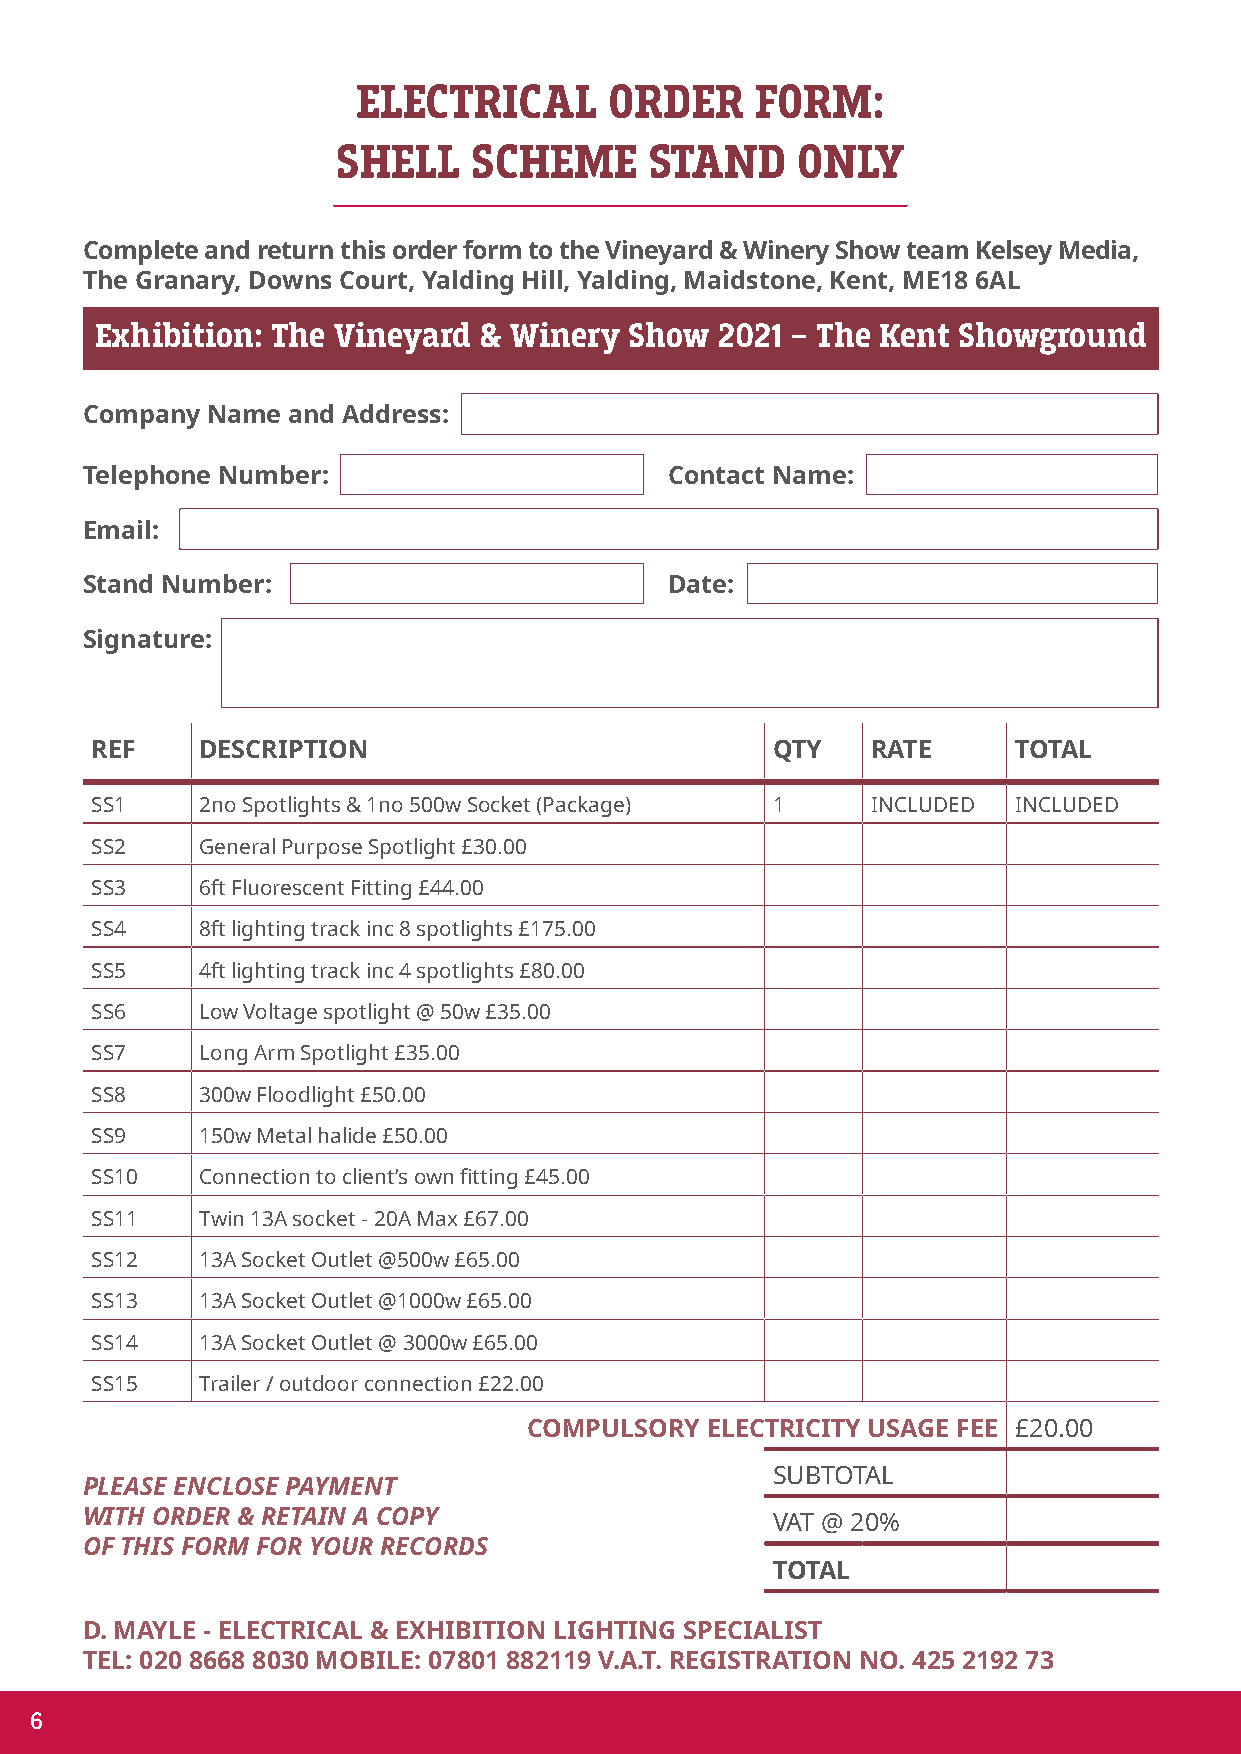
ELECTRICAL      ORDER     FORM:
 SHELL    SCHEME      STAND     ONLY
 Complete and return this order form to the Vineyard & Winery Show team Kelsey Media,
 The Granary, Downs Court, Yalding Hill, Yalding, Maidstone, Kent, ME18 6AL
 Exhibition: The Vineyard  & Winery  Show  2021 – The Kent Showground
 Company  Name and Address:
 Telephone Number:                      Contact Name:
 Email:
 Stand Number:                          Date:
 Signature:
 REF    DESCRIPTION                           QTY    RATE     TOTAL
 SS1    2no Spotlights & 1no 500w Socket (Package) 1 INCLUDED INCLUDED
 SS2    General Purpose Spotlight £30.00
 SS3    6ft Fluorescent Fitting £44.00
 SS4    8ft lighting track inc 8 spotlights £175.00
 SS5    4ft lighting track inc 4 spotlights £80.00
 SS6    Low Voltage spotlight @ 50w £35.00
 SS7    Long Arm Spotlight £35.00
 SS8    300w Floodlight £50.00
 SS9    150w Metal halide £50.00
 SS10   Connection to client’s own fitting £45.00
 SS11   Twin 13A socket - 20A Max £67.00
 SS12   13A Socket Outlet @500w £65.00
 SS13   13A Socket Outlet @1000w £65.00
 SS14   13A Socket Outlet @ 3000w £65.00
 SS15   Trailer / outdoor connection £22.00
 COMPULSORY  ELECTRICITY USAGE FEE £20.00
 SUBTOTAL
 PLEASE ENCLOSE PAYMENT
 WITH ORDER & RETAIN A COPY                    VAT @ 20%
 OF THIS FORM FOR YOUR RECORDS
 TOTAL
 D. MAYLE - ELECTRICAL & EXHIBITION LIGHTING SPECIALIST
 TEL: 020 8668 8030 MOBILE: 07801 882119 V.A.T. REGISTRATION NO. 425 2192 73
 6